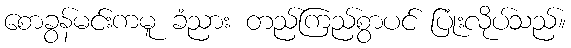
စောခွန်မင်းကမူ ခံညား တည်ကြည်စွာပင် ပြုံးလိုပ်သည်။